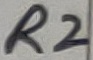
Text: R2